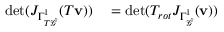
\begin{array} { r l } { \operatorname* { d e t } ( J _ { \Gamma _ { T \hat { \mathcal { G } } } ^ { 1 } } ( T \mathbf { v } ) ) } & { { } = \operatorname* { d e t } ( T _ { r o t } J _ { \Gamma _ { \hat { \mathcal { G } } } ^ { 1 } } ( \mathbf { v } ) ) } \end{array}